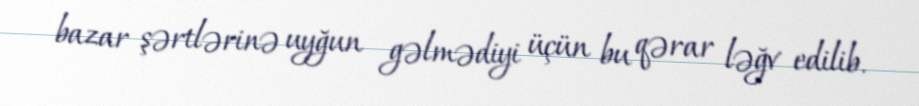
bazar şərtlərinə uyğun gəlmədiyi üçün bu qərar ləğv edilib.